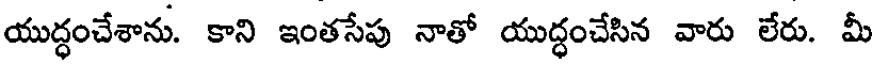
యుద్ధంచేశాను. కాని ఇంతసేప నాతో యుద్ధంచేసిన వారు లేరు. మీ